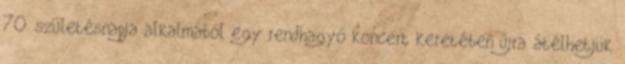
70. születésnapja alkalmából egy rendhagyó koncert keretében újra átélhetjük